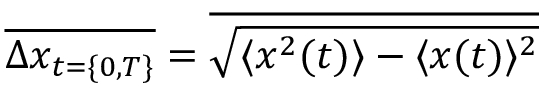
\overline { { \Delta x _ { t = \{ 0 , T \} } } } = \overline { { \sqrt { \langle x ^ { 2 } ( t ) \rangle - \langle x ( t ) \rangle ^ { 2 } } } }